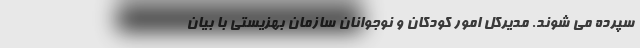
سپرده می شوند. مدیرکل امور کودکان و نوجوانان سازمان بهزیستی با بیان